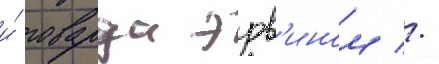
и́ говарда эрв'ином //